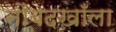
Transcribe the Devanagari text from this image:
नौबदखाँला